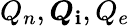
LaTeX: Q_{n},\boldsymbol{Q}_{\mathbf{i}},Q_{e}